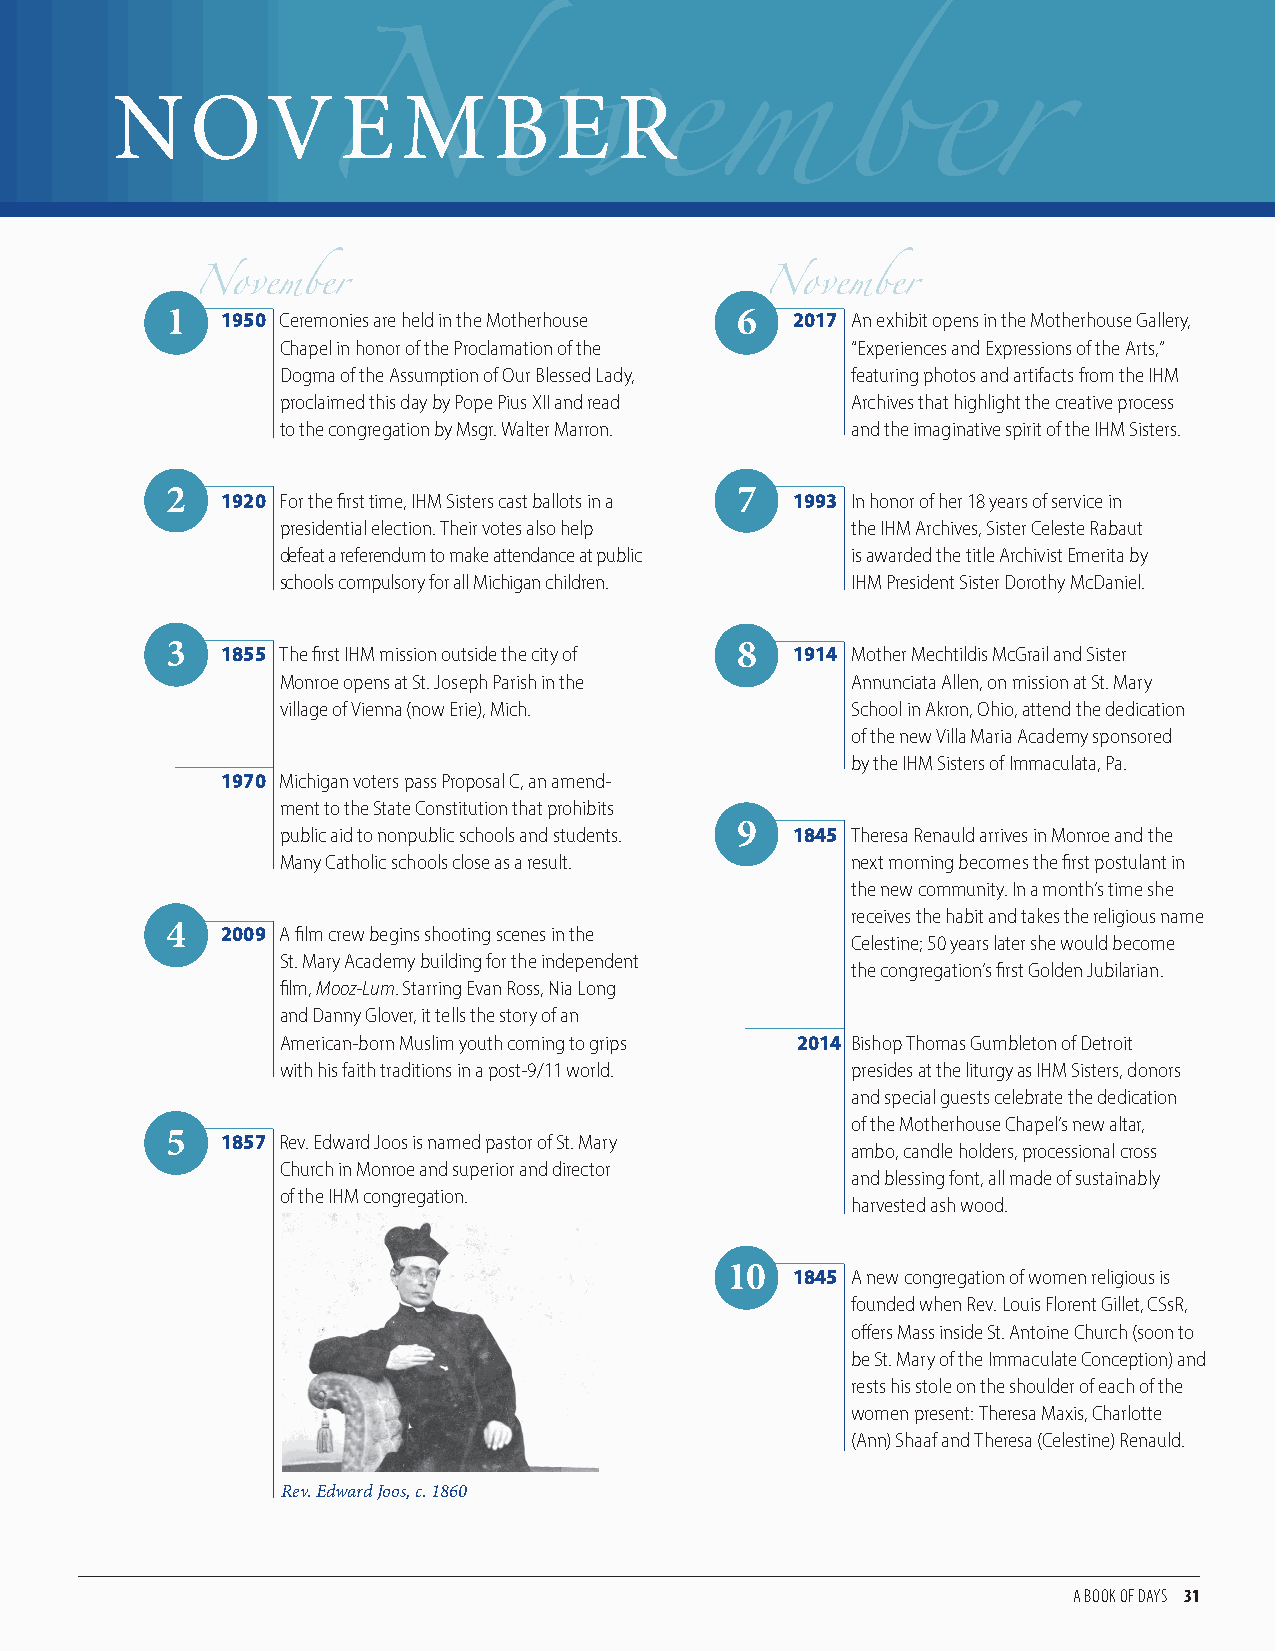
NOV             E   M     B   E   R
 1   1950 Ceremonies are held in the Motherhouse 6 2017 An exhibit opens in the Motherhouse Gallery,
 Chapel in honor of the Proclamation of the “Experiences and Expressions of the Arts,”
 November                              November
 Dogma of the Assumption of Our Blessed Lady, featuring photos and artifacts from the IHM
 proclaimed this day by Pope Pius XII and read Archives that highlight the creative process
 to the congregation by Msgr. Walter Marron. and the imaginative spirit of the IHM Sisters.
 November
 2   1920 For the first time, IHM Sisters cast ballots in a 7 1993 In honor of her 18 years of service in
 presidential election. Their votes also help the IHM Archives, Sister Celeste Rabaut
 defeat a referendum to make attendance at public is awarded the title Archivist Emerita by
 schools compulsory for all Michigan children. IHM President Sister Dorothy McDaniel.
 3   1855 The first IHM mission outside the city of 8 1914 Mother Mechtildis McGrail and Sister
 Monroe opens at St. Joseph Parish in the Annunciata Allen, on mission at St. Mary
 village of Vienna (now Erie), Mich.  School in Akron, Ohio, attend the dedication
 of the new Villa Maria Academy sponsored
 by the IHM Sisters of Immaculata, Pa.
 1970 Michigan voters pass Proposal C, an amend-
 ment to the State Constitution that prohibits
 public aid to nonpublic schools and students. 9 1845 Theresa Renauld arrives in Monroe and the
 Many Catholic schools close as a result. next morning becomes the first postulant in
 the new community. In a month’s time she
 receives the habit and takes the religious name
 4   2009 A film crew begins shooting scenes in the
 Celestine; 50 years later she would become
 St. Mary Academy building for the independent
 the congregation’s first Golden Jubilarian.
 film, Mooz-Lum. Starring Evan Ross, Nia Long
 and Danny Glover, it tells the story of an
 American-born Muslim youth coming to grips 2014 Bishop Thomas Gumbleton of Detroit
 with his faith traditions in a post-9/11 world. presides at the liturgy as IHM Sisters, donors
 and special guests celebrate the dedication
 of the Motherhouse Chapel’s new altar,
 5   1857 Rev. Edward Joos is named pastor of St. Mary
 ambo, candle holders, processional cross
 Church in Monroe and superior and director
 and blessing font, all made of sustainably
 of the IHM congregation.
 harvested ash wood.
 10  1845 A new congregation of women religious is
 founded when Rev. Louis Florent Gillet, CSsR,
 offers Mass inside St. Antoine Church (soon to
 be St. Mary of the Immaculate Conception) and
 rests his stole on the shoulder of each of the
 women present: Theresa Maxis, Charlotte
 (Ann) Shaaf and Theresa (Celestine) Renauld.
 Rev. Edward Joos, c. 1860
 A BOOK OF DAYS 31